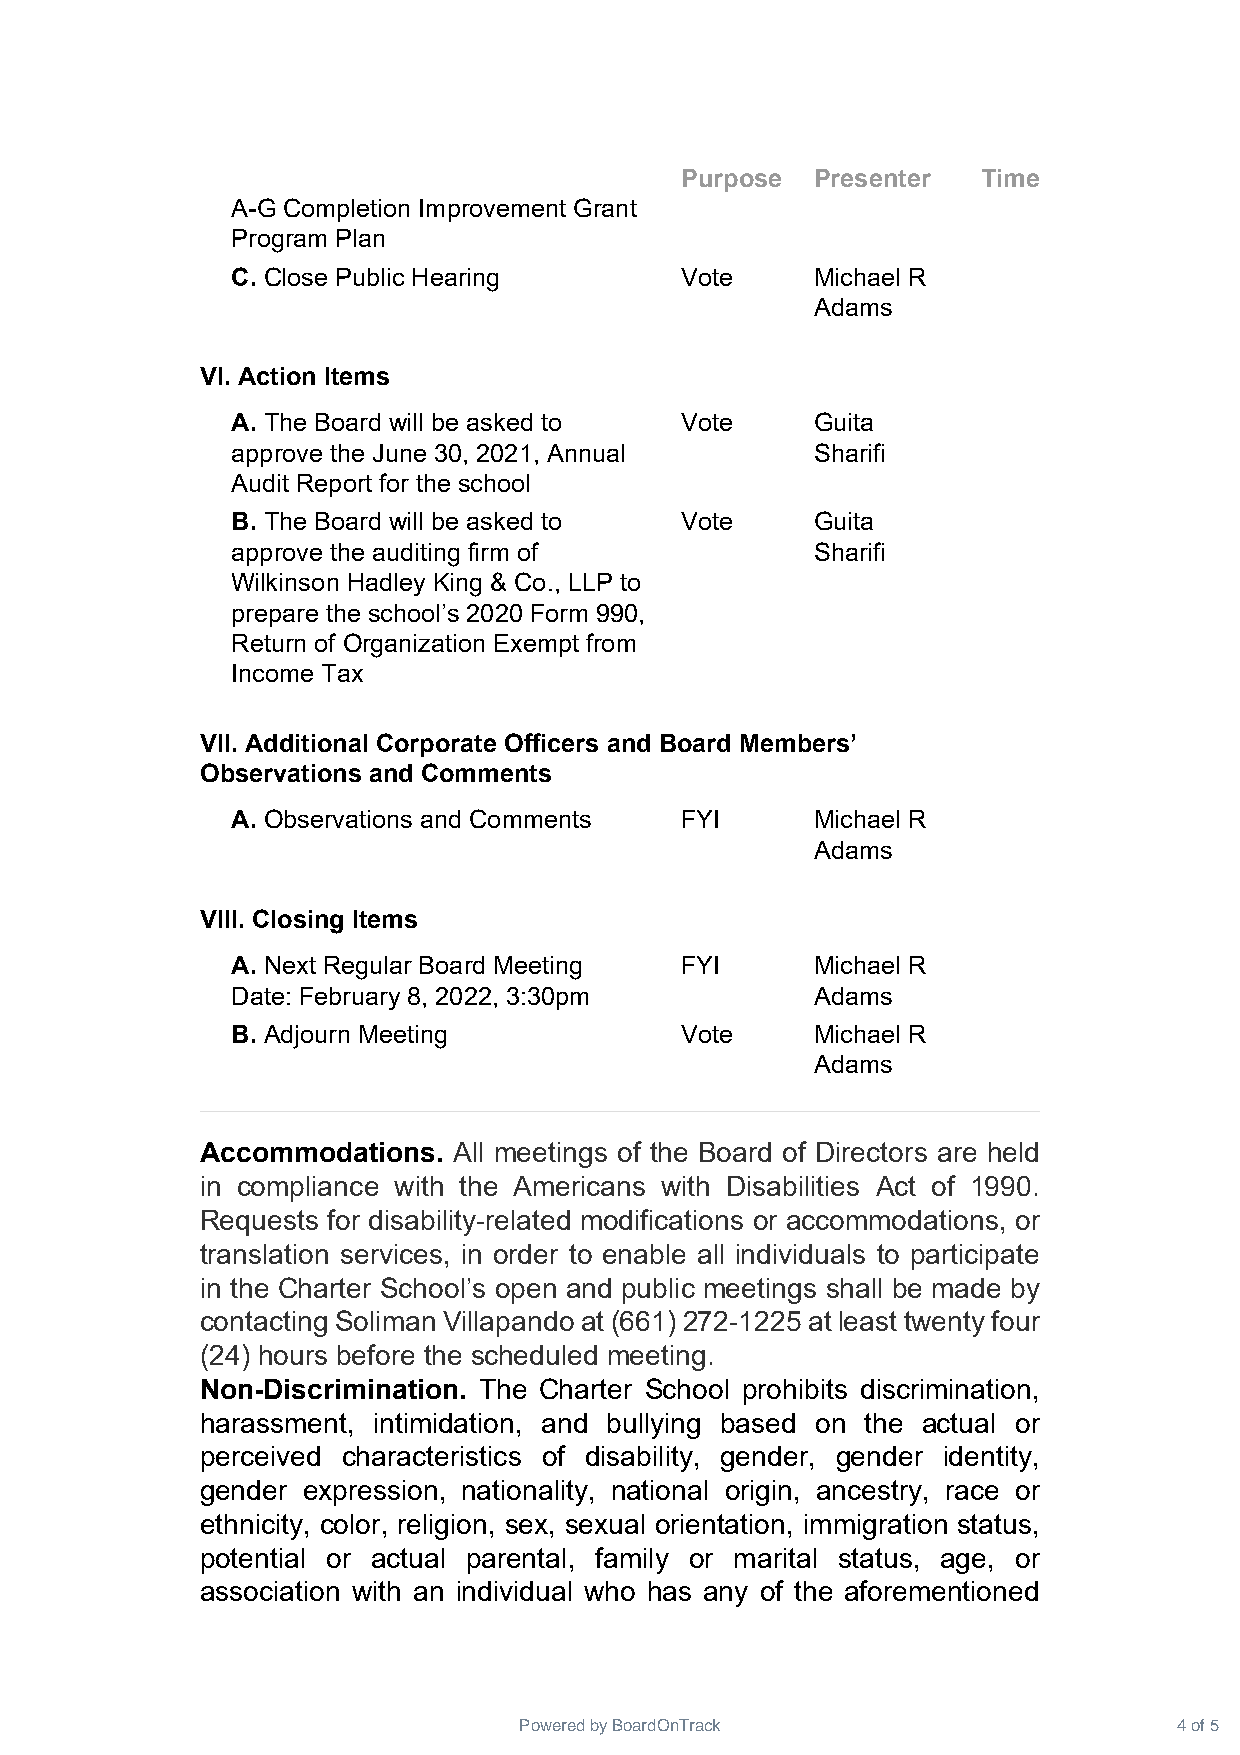
Purpose  Presenter  Time
 A-G Completion Improvement Grant
 Program Plan
 C. Close Public Hearing       Vote     Michael R
 Adams
 VI. Action Items
 A. The Board will be asked to Vote     Guita
 approve the June 30, 2021, Annual      Sharifi
 Audit Report for the school
 B. The Board will be asked to Vote     Guita
 approve the auditing firm of           Sharifi
 Wilkinson Hadley King & Co., LLP to
 prepare the school’s 2020 Form 990,
 Return of Organization Exempt from
 Income Tax
 VII. Additional Corporate Officers and Board Members’
 Observations and Comments
 A. Observations and Comments  FYI      Michael R
 Adams
 VIII. Closing Items
 A. Next Regular Board Meeting FYI      Michael R
 Date: February 8, 2022, 3:30pm         Adams
 B. Adjourn Meeting            Vote     Michael R
 Adams
 Accommodations.  All meetings of the Board of Directors are held
 in compliance with the Americans with Disabilities Act of 1990.
 Requests for disability-related modifications or accommodations, or
 translation services, in order to enable all individuals to participate
 in the Charter School’s open and public meetings shall be made by
 contacting Soliman Villapando at (661) 272-1225 at least twenty four
 (24) hours before the scheduled meeting.
 Non-Discrimination. The Charter School prohibits discrimination,
 harassment, intimidation, and bullying based on the actual or
 perceived characteristics of disability, gender, gender identity,
 gender expression, nationality, national origin, ancestry, race or
 ethnicity, color, religion, sex, sexual orientation, immigration status,
 potential or actual parental, family or marital status, age, or
 association with an individual who has any of the aforementioned
 Powered by BoardOnTrack                     4 of 5